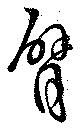
臂